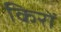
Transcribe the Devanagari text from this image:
किरों